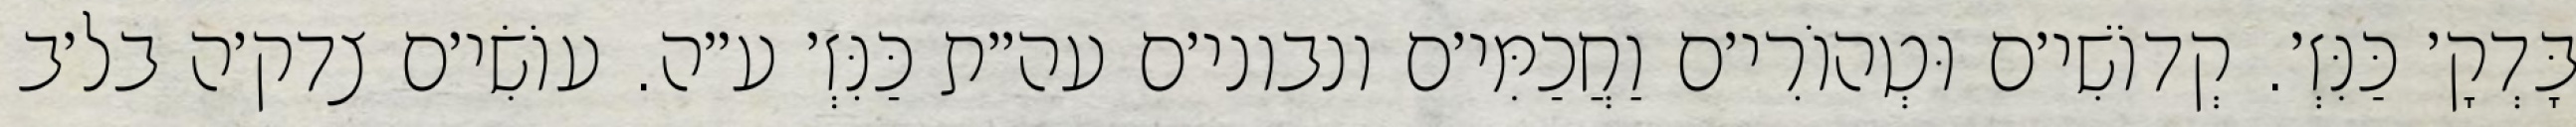
בָּדְקָ׳ כַּנִּזְ׳. קְדוֹשִׁי׳ם וּטְהוֹרִי׳ם וַחֲכַמִּי׳ם ונבוני׳ם עה״ת כַּנִּזְ׳ ע״ה. עוֹשִׂי׳ם צדק׳ה בל׳ב